Epidemic dropsy in Calcutta - Number 49
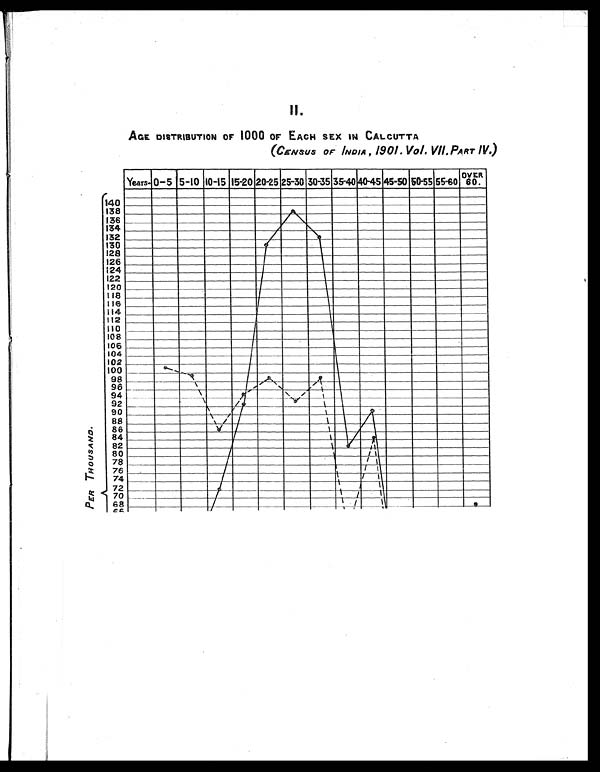
II.
AGE DISTRIBUTION OF 1000 OF EACH SEX IN CALCUTTA
(CENSUS OF INDIA, 1901. Vol. VII. PART IV. )
PER THOUSAND.